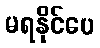
မရနိုင်ပေ